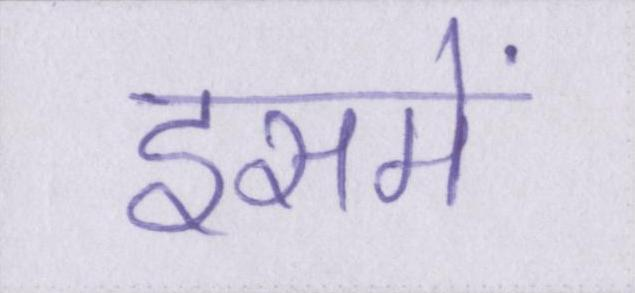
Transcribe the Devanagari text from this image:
इसमें